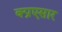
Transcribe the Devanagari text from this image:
क्प्रएसार